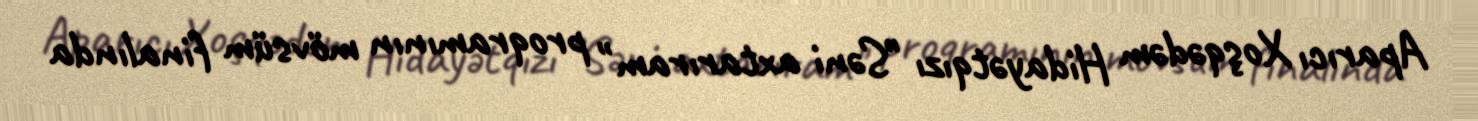
Aparıcı Xoşqədəm Hidayətqızı "Səni axtarıram" proqramının mövsüm finalında